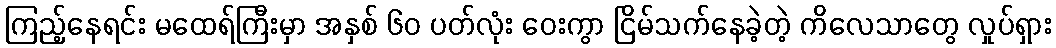
ကြည့်နေရင်း မထေရ်ကြီးမှာ အနှစ် ၆၀ ပတ်လုံး ဝေးကွာ ငြိမ်သက်နေခဲ့တဲ့ ကိလေသာတွေ လှုပ်ရှား